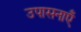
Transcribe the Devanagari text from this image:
उपासनाएँ